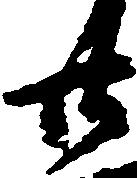
廿